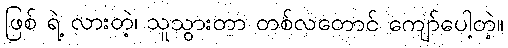
ဖြစ် ရဲ့ လားတဲ့၊ သူသွားတာ တစ်လတောင် ကျော်ပေါ့တဲ့။